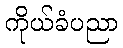
ကိုယ်ခံပညာ